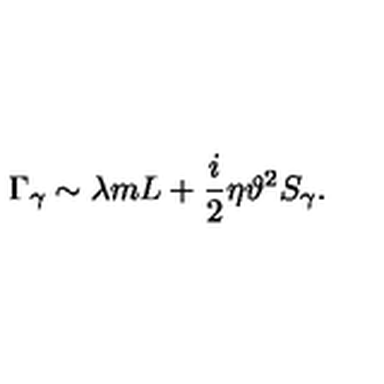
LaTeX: \Gamma _ { \gamma } \sim \lambda m L + \frac { i } { 2 } \eta \vartheta ^ { 2 } S _ { \gamma } .